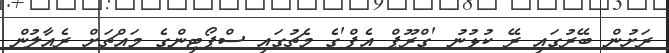
ރަށުން ބޭރުގައި ރޭ ކުޅުނު 'ގްރޫޕް އެފް'ގެ މެޗުގައި ސްޕޯޓިންގެ މައްޗަށް ރެއާލުން